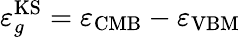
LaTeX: \varepsilon_{g}^{\mathrm{KS}}=\varepsilon_{\mathrm{CMB}}-\varepsilon_{\mathrm{VBM}}